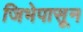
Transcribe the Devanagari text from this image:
जिभेपासून